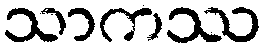
သာကဿ